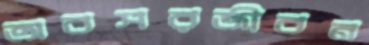
অবসরজীবন